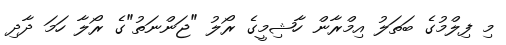
މި ފިލްމުގެ ބަތަލު އިމްރާން ހާޝިމީގެ ރޯލު "ޖަންނަތު"ގެ ރޯލާ ހަމަ ދާދި